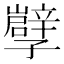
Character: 𡦯